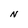
Character: N